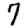
Digit: 7